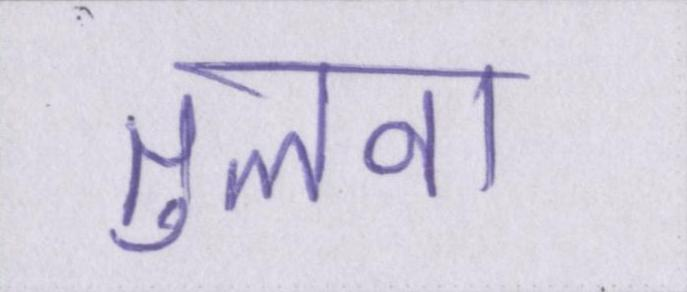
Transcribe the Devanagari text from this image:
तुलना